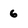
Character: 6